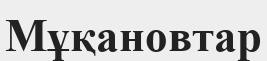
Мұқановтар